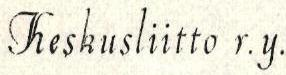
Keskusliitto r.y.